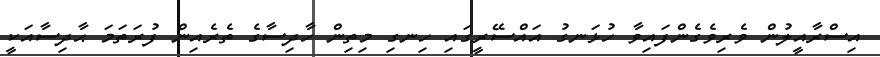
އިސްރާއީލުން ވެރިވެގެންފައިވާ ހުޅަނގު އައްސޭރީގައި ހިނގި މިތިން ހާދިސާގެ ތެރެއިން ފުރަތަމަ ޙާދިސާއަކީ